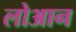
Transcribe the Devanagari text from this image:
लोआन